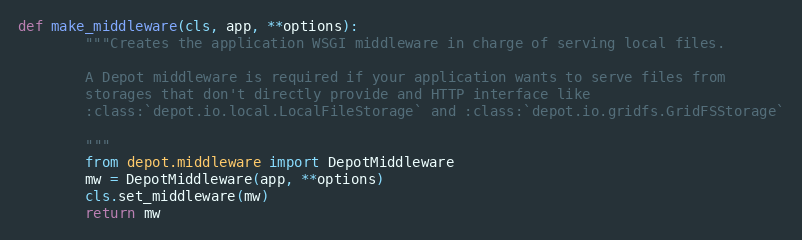
Language: Python
def make_middleware(cls, app, **options):
        """Creates the application WSGI middleware in charge of serving local files.

        A Depot middleware is required if your application wants to serve files from
        storages that don't directly provide and HTTP interface like
        :class:`depot.io.local.LocalFileStorage` and :class:`depot.io.gridfs.GridFSStorage`

        """
        from depot.middleware import DepotMiddleware
        mw = DepotMiddleware(app, **options)
        cls.set_middleware(mw)
        return mw